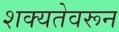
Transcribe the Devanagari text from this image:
शक्यतेवरून